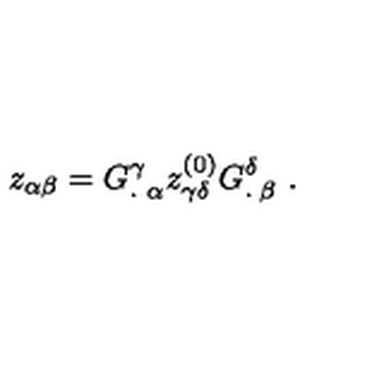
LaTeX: z _ { \alpha \beta } = { G _ { . } ^ { \gamma } } _ { \alpha } z _ { \gamma \delta } ^ { ( 0 ) } { G _ { . } ^ { \delta } } _ { \beta } \ .